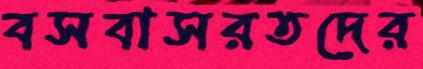
বসবাসরতদের